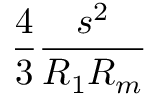
\frac { 4 } { 3 } \frac { s ^ { 2 } } { R _ { 1 } R _ { m } }